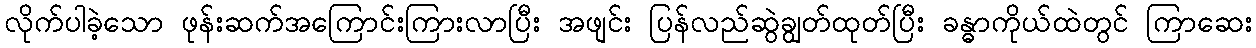
လိုက်ပါခဲ့သော ဖုန်းဆက်အကြောင်းကြားလာပြီး အဖျင်း ပြန်လည်ဆွဲချွတ်ထုတ်ပြီး ခန္ဓာကိုယ်ထဲတွင် ကြာဆေး